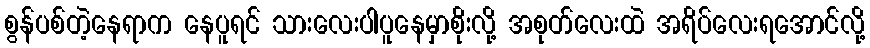
စွန်ပစ်တဲ့နေရာက နေပူရင် သားလေးပါပူနေမှာစိုးလို့ အစုတ်လေးထဲ အရိပ်လေးရအောင်လို့